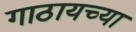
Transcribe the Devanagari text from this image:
गाठायच्या